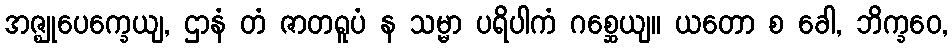
အဇ္ဈုပေက္ခေယျ, ဌာနံ တံ ဇာတရူပံ န သမ္မာ ပရိပါကံ ဂစ္ဆေယျ။ ယတော စ ခေါ, ဘိက္ခဝေ,